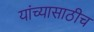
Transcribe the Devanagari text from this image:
यांच्यासाठीच